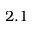
2 . 1